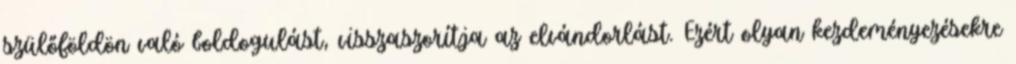
szülőföldön való boldogulást, visszaszorítja az elvándorlást. Ezért olyan kezdeményezésekre